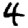
Digit: 4